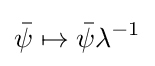
{\bar {\psi }}\mapsto {\bar {\psi }}\lambda ^{-1}